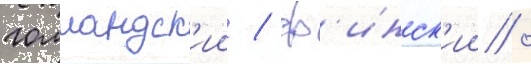
голландск'ии / ф'инск'ии /